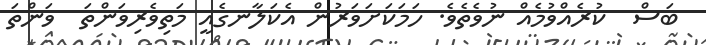
ބަސް  ކުރެއްވުމެއް ނުވެތެވެ. ހަމަކަށަވަރުން އެކަލާނގެއީ މަތިވެރިވަންތަ  ވަންތަ